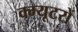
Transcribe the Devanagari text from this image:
क्म्यूटरों